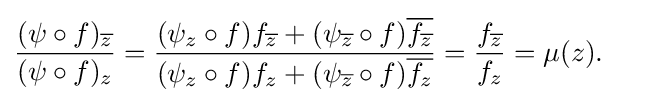
{\begin{aligned}{\frac {(\psi \circ f)_{\overline {z}}}{(\psi \circ f)_{z}}}&={\frac {(\psi _{z}\circ f)f_{\overline {z}}+(\psi _{\overline {z}}\circ f){\overline {f_{\overline {z}}}}}{(\psi _{z}\circ f)f_{z}+(\psi _{\overline {z}}\circ f){\overline {f_{z}}}}}={\frac {f_{\overline {z}}}{f_{z}}}=\mu (z).\end{aligned}}